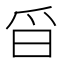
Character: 㸓